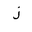
Letter: _zay